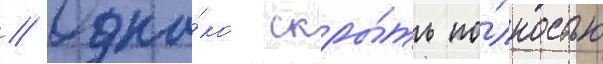
// Одна́ко скры́ть по́лностью